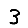
Digit: 3